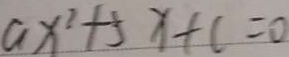
a x ^ { 2 } + 5 x + c = 0